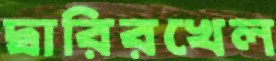
দ্বারিরখেল